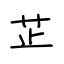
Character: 芷